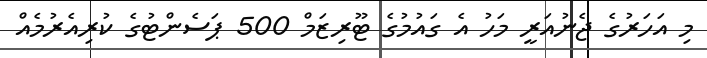
މި އަހަރުގެ ޖެނުއަރީ މަހު އެ ގައުމުގެ ޓޫރިޒަމް 500 ޕަސެންޓުގެ ކުރިއެރުމެއް